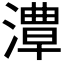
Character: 𱨯